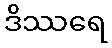
ဒိဿရေ